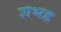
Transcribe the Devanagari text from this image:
शभह